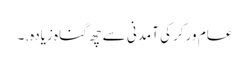
عام ورکر کی آمدنی سے چھ گناہ زیادہ.۔